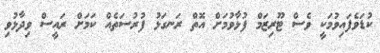
ކުޑަވެފައިވުމަކީ ވެސް ޓޫރިޒަމް ފުޅާވުމަށް އޮތް ރަނގަޅު ފުރުސަތެއް ކަމަަށް ރައީސް ވިދާޅުވި